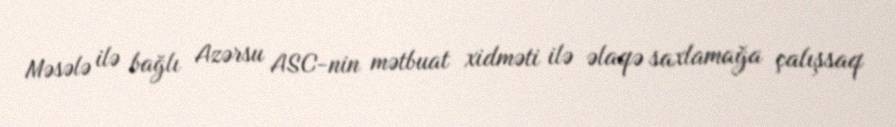
Məsələ ilə bağlı Azərsu ASC-nin mətbuat xidməti ilə əlaqə saxlamağa çalışsaq